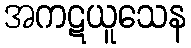
အကဋယူသေန